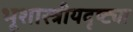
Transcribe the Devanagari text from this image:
भूशास्त्रीयदृष्ट्या